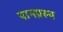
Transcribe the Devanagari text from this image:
पानप्रस्थ